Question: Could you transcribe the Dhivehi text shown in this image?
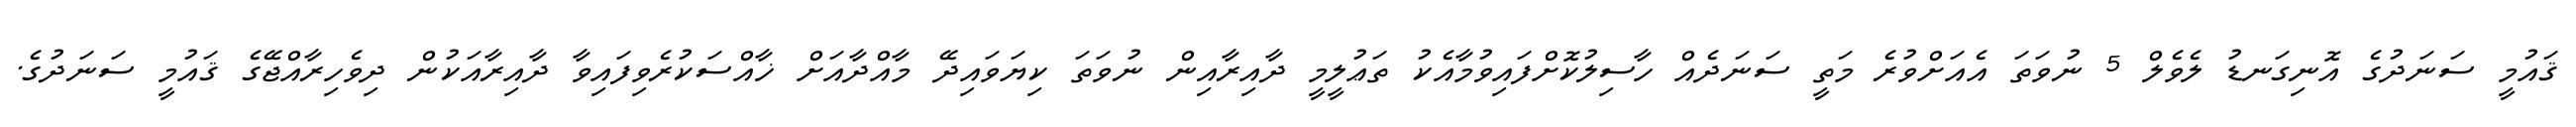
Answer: ޤައުމީ ސަނަދުގެ އޮނިގަނޑު ލެވެލް 5 ނުވަތަ އެއަށްވުރެ މަތީ ސަނަދެއް ހާސިލުކޮށްފައިވުމާއެކު ތަޢުލީމީ ދާއިރާއިން ނުވަތަ ކިޔަވައިދޭ މާއްދާއަށް ޚާއްސަކުރެވިފައިވާ ދާއިރާއަކުން ދިވެހިރާއްޖޭގެ ޤައުމީ ސަނަދުގެ.